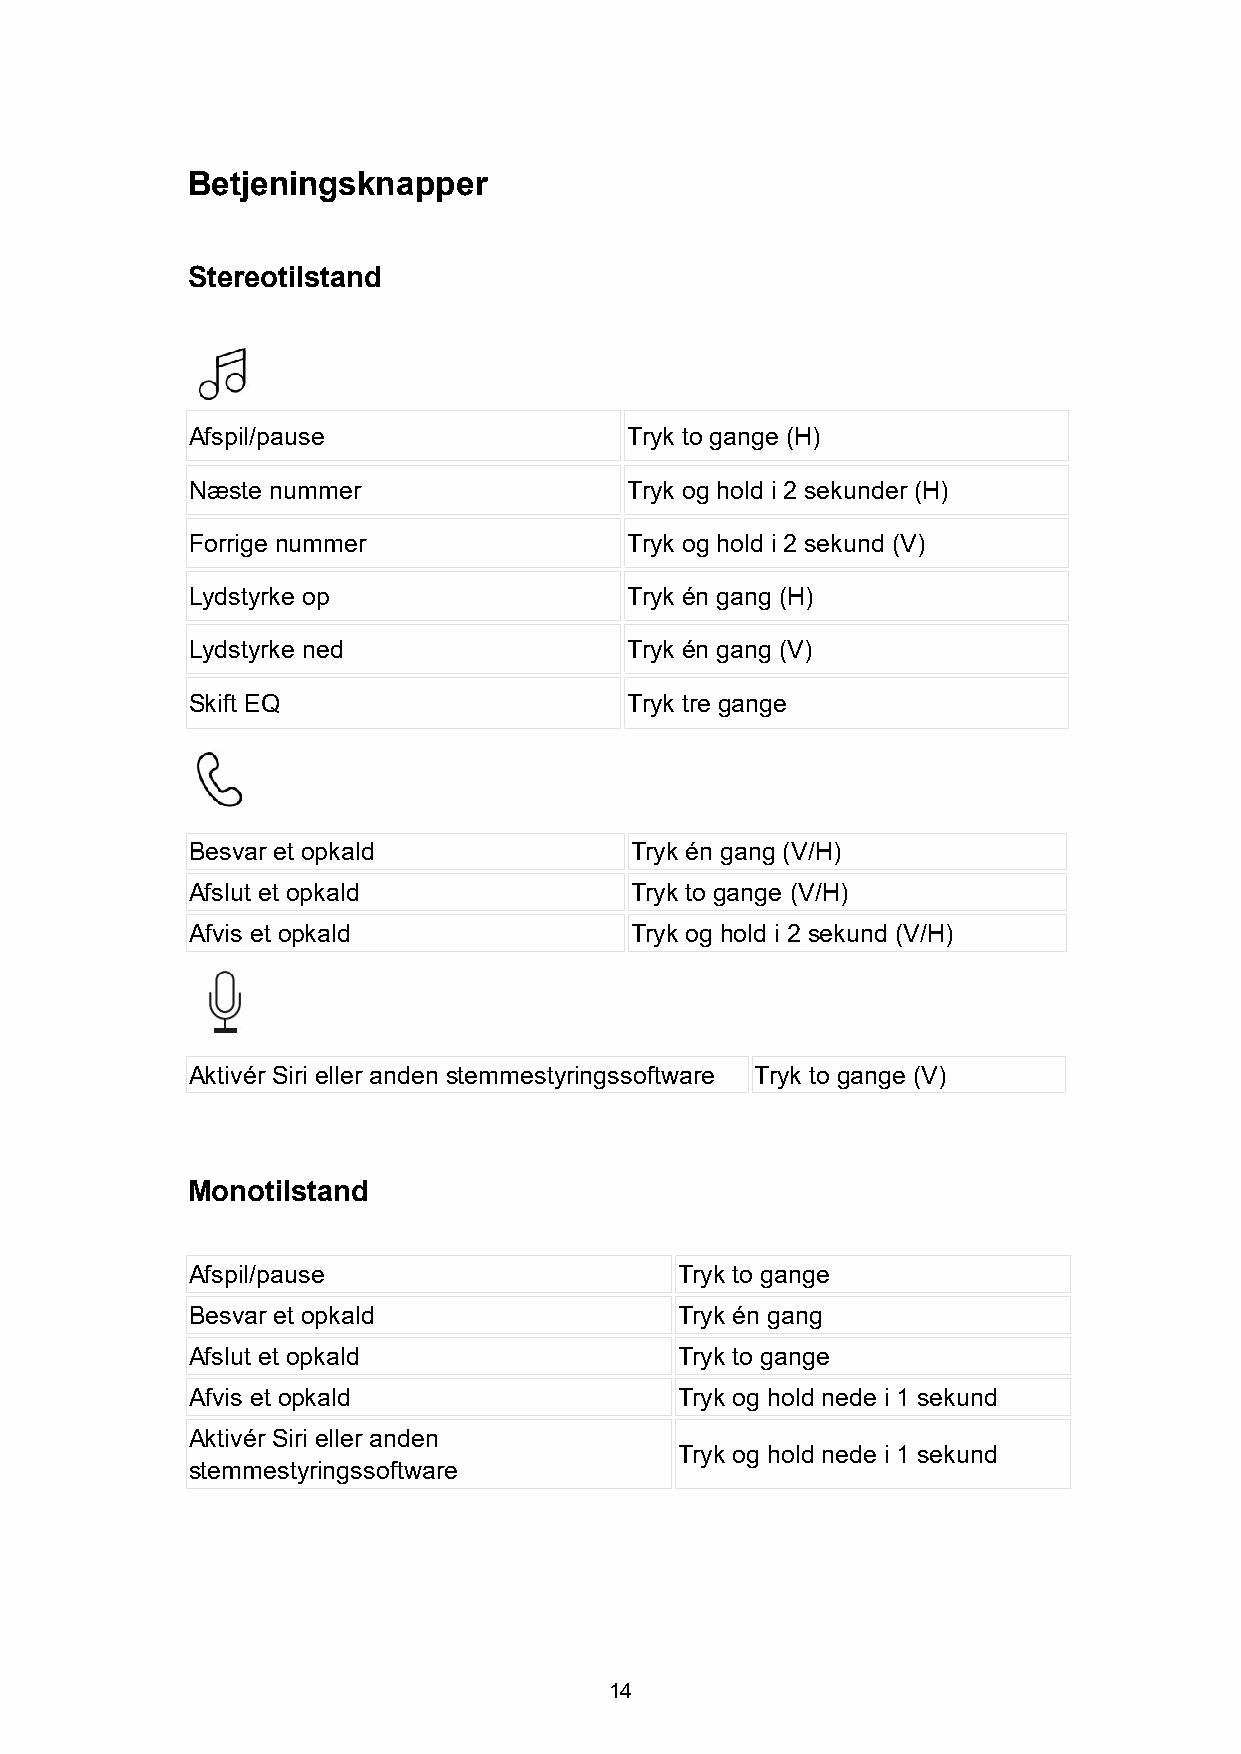
Betjeningsknapper
 Stereotilstand
 Afspil/pause                 Tryk to gange (H)
 Næste nummer                 Tryk og hold i 2 sekunder (H)
 Forrige nummer               Tryk og hold i 2 sekund (V)
 Lydstyrke op                 Tryk én gang (H)
 Lydstyrke ned                Tryk én gang (V)
 Skift EQ                     Tryk tre gange
 Besvar et opkald              Tryk én gang (V/H)
 Afslut et opkald              Tryk to gange (V/H)
 Afvis et opkald               Tryk og hold i 2 sekund (V/H)
 Aktivér Siri eller anden stemmestyringssoftware Tryk to gange (V)
 Monotilstand
 Afspil/pause                     Tryk to gange
 Besvar et opkald                 Tryk én gang
 Afslut et opkald                 Tryk to gange
 Afvis et opkald                  Tryk og hold nede i 1 sekund
 Aktivér Siri eller anden
 Tryk og hold nede i 1 sekund
 stemmestyringssoftware
 14